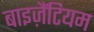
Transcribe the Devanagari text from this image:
बाइज़ैंटियम